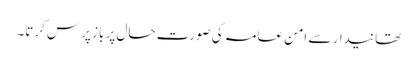
تھانیدار سے امن عامہ کی صورت حال پر باز پرس کرتا۔